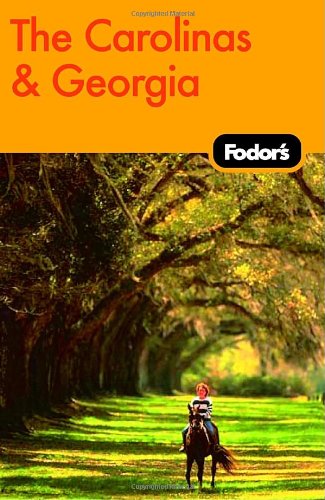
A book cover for Fodor's The Carolinas & Georgia, 17th Edition (Fodor's Gold Guides); Fodor's; Travel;